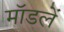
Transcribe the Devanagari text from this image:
मॉडलें